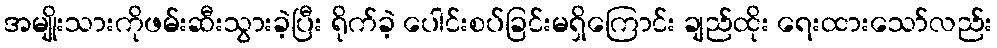
အမျိုးသားကိုဖမ်းဆီးသွားခဲ့ပြီး ရိုက်ခဲ့ ပေါင်းစပ်ခြင်းမရှိကြောင်း ချည်ထိုး ရေးထားသော်လည်း